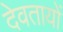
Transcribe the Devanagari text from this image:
देवतायों